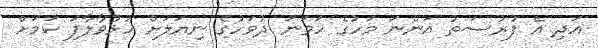
އަދި އެ ފުރުސަތު އަންނަ މަހުގެ ހަވަނަ ދުވަހުގެ ނިޔަލަށް ހުޅުވާލާފަ ކަމަށް